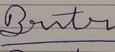
Signature authenticity: forged